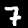
Digit: 7